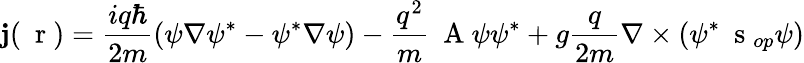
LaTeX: {\mathbf j}(\mathrm{~\mathbf~r~})=\frac{iq\hbar}{2m}(\psi\nabla\psi^{*}-\psi^{*}\nabla\psi)-\frac{q^{2}}{m}\mathrm{~\mathbf~A~}\psi\psi^{*}+g\frac{q}{2m}\nabla\times(\psi^{*}\mathrm{~\mathbf~s~}_{op}\psi)